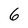
Character: 6